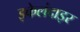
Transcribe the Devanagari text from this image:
इकेलंदाइर